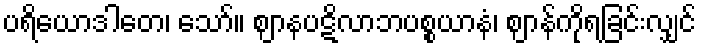
ပရိယောဒါတေ၊ သော်။ ဈာနပဋိလာဘပစ္စယာနံ၊ ဈာန်ကိုရခြင်းလျှင်